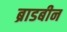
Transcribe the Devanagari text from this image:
ब्राडबीन